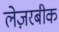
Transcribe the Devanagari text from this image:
लेज़रबीक